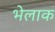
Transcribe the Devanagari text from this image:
भेलाक